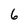
Character: 6